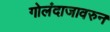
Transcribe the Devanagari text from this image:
गोलंदाजावरुन